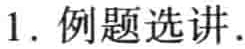
1. 例题选讲.